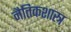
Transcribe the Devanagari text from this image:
नैतिकशास्त्र